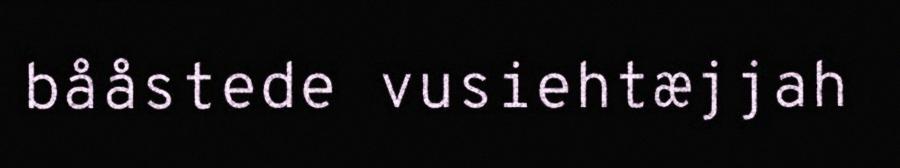
bååstede vusiehtæjjah